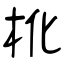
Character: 杹